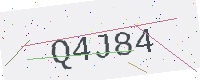
Text: Q4J84